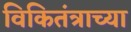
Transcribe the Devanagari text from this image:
विकितंत्राच्या